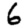
Digit: 6